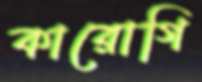
কারোগি